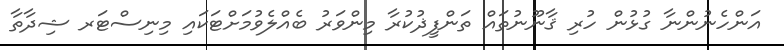
އަންހެނުންނާ ގުޅުން ހުރި ޤާނޫނުތައް ތަންފީޛުކުރާ މިންވަރު ބެއްލެވުމަށްޓަކައި މިނިސްޓަރ ޝިދާތާ